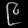
Digit: ၉